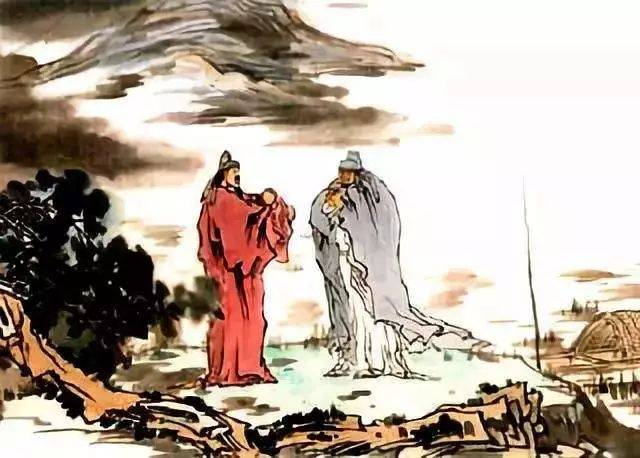
高楼送客不能醉，寂寂寒江明月心。